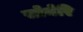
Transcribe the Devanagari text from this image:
सोनेरि